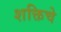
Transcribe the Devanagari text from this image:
शक्तिचे